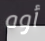
أوه